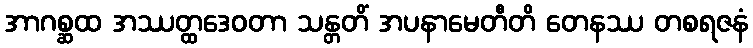
အာဂစ္ဆထ အဿတ္ထဒေဝတာ သန္တတိံ အပနာမေတီတိ တေနဿ တစရဇနံ